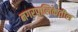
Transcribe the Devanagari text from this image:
नगरपालिकेतील